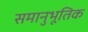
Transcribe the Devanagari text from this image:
समानुभूतिक